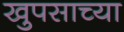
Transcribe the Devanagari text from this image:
खुपसाच्या